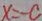
x = - c